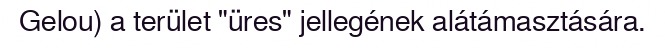
Gelou) a terület "üres" jellegének alátámasztására.